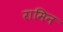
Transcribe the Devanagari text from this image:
रामिन